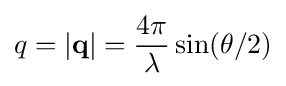
q=|\mathbf {q} |={{\frac {4\pi }{\lambda }}\sin(\theta /2)}